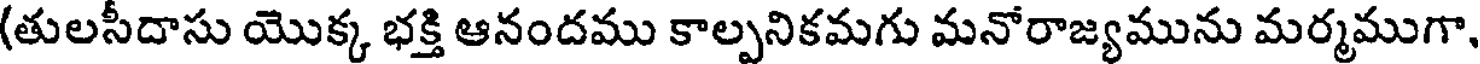
(తులసీదాసు యొక్క భక్తి ఆనందము కాల్పనికమగు మనోరాజ్యమును మర్మముగా